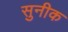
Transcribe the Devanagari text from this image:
सुनीक